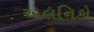
એલનિકો